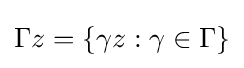
\Gamma z=\{\gamma z:\gamma \in \Gamma \}